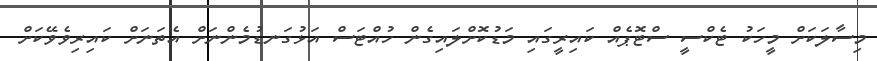
މިސާލަކަށް މީހަކު ޓެކްސީ ސްޓޮޕެއް ކައިރީގައި މަޑުކޮށްލައިގެން ހުއްޓަސް އަޅުގަނޑުމެންނަށް އެތަނަށް ކައިރިވެވޭކަށް